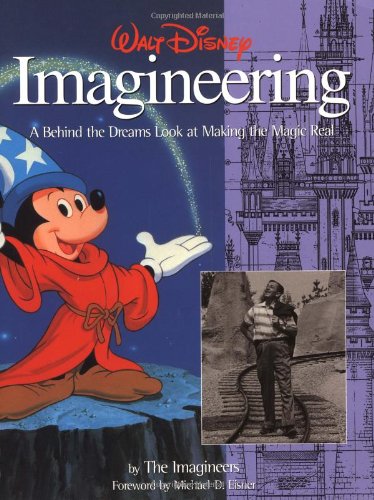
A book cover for Walt Disney Imagineering: A Behind the Dreams Look At Making the Magic Real; Disney Book Group; Children's Books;